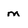
Character: m